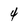
Character: 4